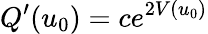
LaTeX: Q^{\prime}(u_{0})=ce^{2V(u_{0})}